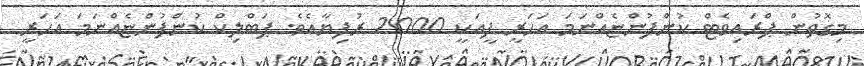
މިގޮތުން ޕްރައިވެޓް ކުންފުންޏެއްނަމަ އަހަރީ ފީއަކީ 2000 ރުފިޔާއެވެ. ޕަބްލިކް ކުންފުންޏެއްނަމަ އަހަރީ